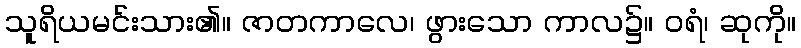
သူရိယမင်းသား၏။ ဇာတကာလေ၊ ဖွားသော ကာလ၌။ ဝရံ၊ ဆုကို။